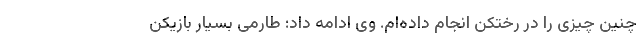
چنین چیزی را در رختکن انجام داده‌ام. وی ادامه داد: طارمی بسیار بازیکن